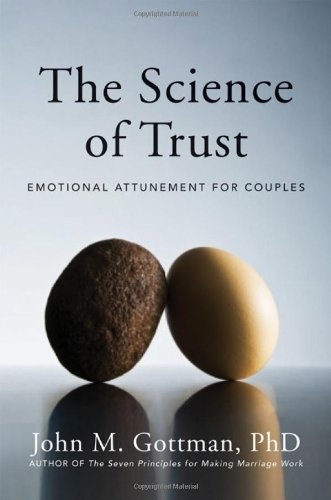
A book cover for The Science of Trust: Emotional Attunement for Couples; John M. Gottman Ph.D.; Medical Books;